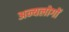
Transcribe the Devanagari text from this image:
अन्यलोगों